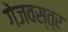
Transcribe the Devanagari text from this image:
गेजवस्त्र